Leaving Certificate Examination (including Day School Certificate (Higher) General paper), 1937
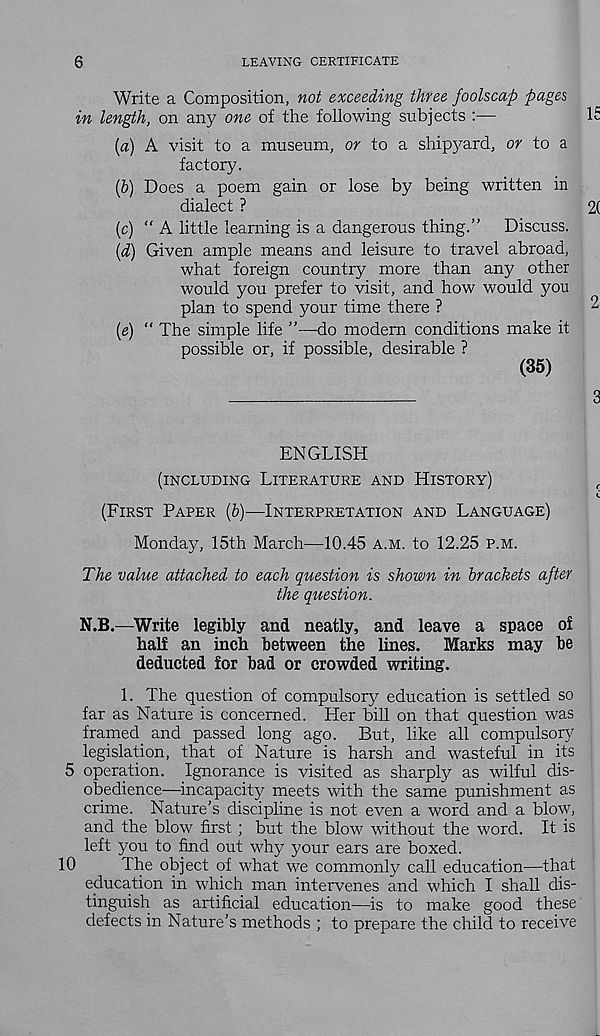
6
LEAVING CERTIFICATE
Write a Composition, not exceeding three foolscap pages
in length, on any one of the following subjects :—
(a) A visit to a museum, or to a shipyard, or to a
factory.
(b) Does a poem gain or lose by being written in
dialect ?
(c) “ A little learning is a dangerous thing.” Discuss.
(d) Given ample means and leisure to travel abroad,
what foreign country more than any other
would you prefer to visit, and how would you
plan to spend your time there ?
(e) “ The simple life ”—<io modem conditions make it
possible or, if possible, desirable ?
(35)
ENGLISH
(INCLUDING LITERATURE AND HISTORY)
(FIRST PAPER (b)—INTERPRETATION AND LANGUAGE)
Monday, 15th March—10.45 A.M. to 12.25 P.M.
The value attached to each question is shown in brackets after
the question.
N.B.—Write legibly and neatly, and leave a space of
half an inch between the lines, Marks may be
deducted for bad or crowded writing.
1. The question of compulsory education is settled so
far as Nature is concerned. Her bill on that question was
framed and passed long ago. But, like all compulsory
legislation, that of Nature is harsh and wasteful in its
5 operation. Ignorance is visited as sharply as wilful dis-
obedience—incapacity meets with the same punishment as
crime. Nature’s discipline is not even a word and a blow,
and the blow first; but the blow without the word. It is
left you to find out wdiy your ears are boxed.
10
The object of what we commonly call education—that
education in which man intervenes and which I shall dis-
tinguish as artificial education—is to make good these
defects in Nature’s methods ; to prepare the child to receive